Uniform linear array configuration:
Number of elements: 12
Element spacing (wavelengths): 1
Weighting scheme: binomial
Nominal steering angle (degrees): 45
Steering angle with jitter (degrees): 45.3
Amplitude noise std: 0.05
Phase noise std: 0.05

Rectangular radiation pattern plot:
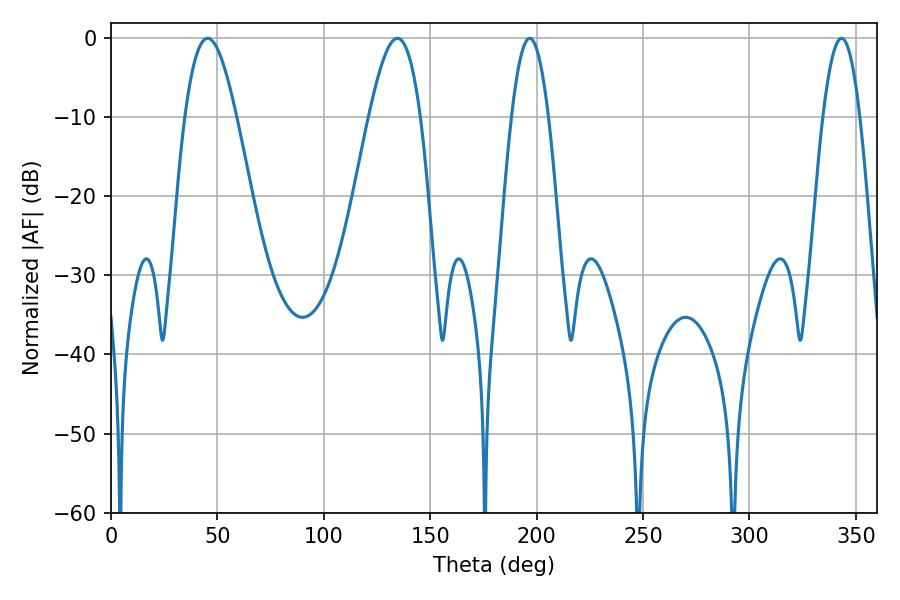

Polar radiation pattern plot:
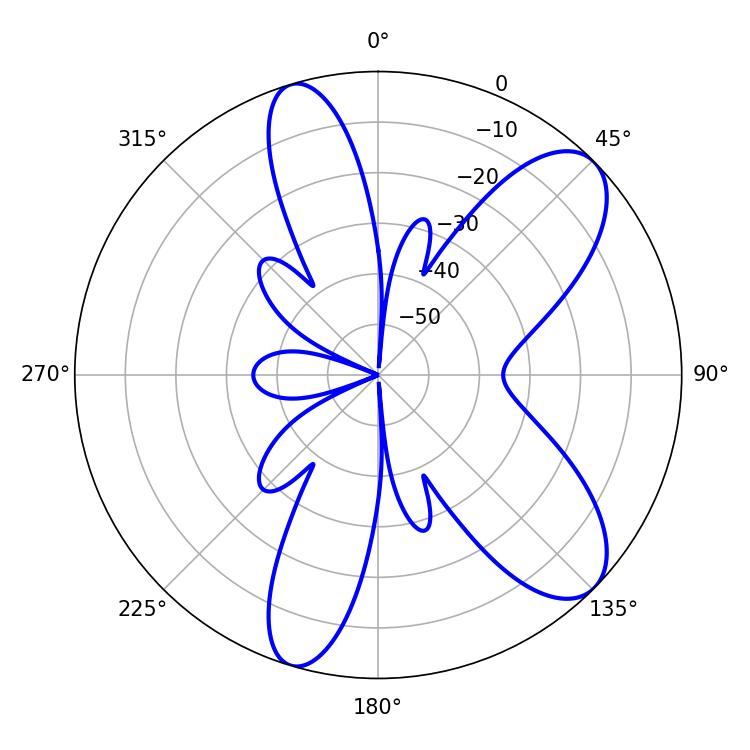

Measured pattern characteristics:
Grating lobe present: TRUE
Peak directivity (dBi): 8.952
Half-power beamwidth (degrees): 9.36
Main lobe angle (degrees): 196.74